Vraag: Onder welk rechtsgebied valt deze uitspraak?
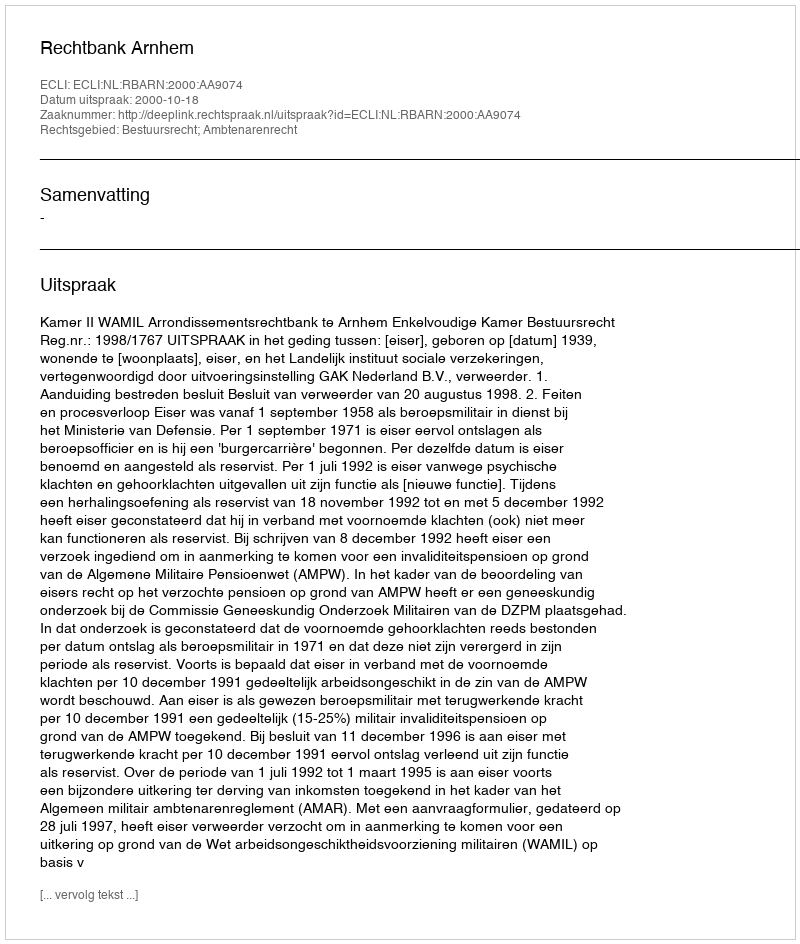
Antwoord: Bestuursrecht; Ambtenarenrecht